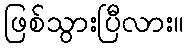
ဖြစ်သွားပြီလား။